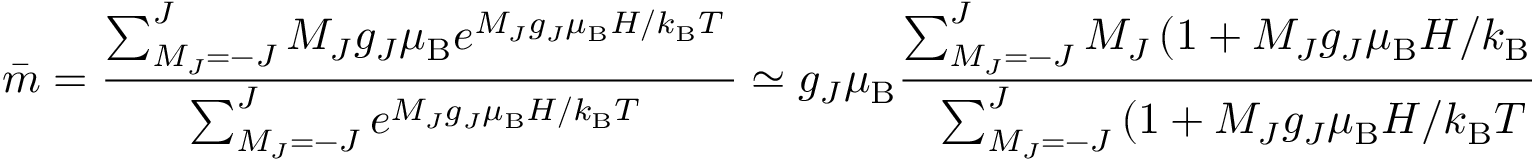
{ \bar { m } } = { \frac { \sum _ { M _ { J } = - J } ^ { J } { M _ { J } g _ { J } \mu _ { \mathrm { B } } e ^ { M _ { J } g _ { J } \mu _ { \mathrm { B } } H / k _ { \mathrm { B } } T \; } } } { \sum _ { M _ { J } = - J } ^ { J } e ^ { M _ { J } g _ { J } \mu _ { \mathrm { B } } H / k _ { \mathrm { B } } T \; } } } \simeq g _ { J } \mu _ { \mathrm { B } } { \frac { \sum _ { M _ { J } = - J } ^ { J } M _ { J } \left( 1 + M _ { J } g _ { J } \mu _ { \mathrm { B } } H / k _ { \mathrm { B } } T \; \right) } { \sum _ { M _ { J } = - J } ^ { J } \left( 1 + M _ { J } g _ { J } \mu _ { \mathrm { B } } H / k _ { \mathrm { B } } T \; \right) } } = { \frac { g _ { J } ^ { 2 } \mu _ { \mathrm { B } } ^ { 2 } H } { k _ { \mathrm { B } } T } } { \frac { \sum _ { - J } ^ { J } M _ { J } ^ { 2 } } { \sum _ { M _ { J } = - J } ^ { J } { ( 1 ) } } } ,